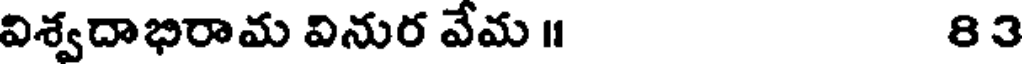
విశ్వదాభిరామ వినుర వేమ ॥ 83